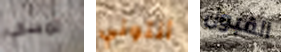
تمسكي أنتوني القبول